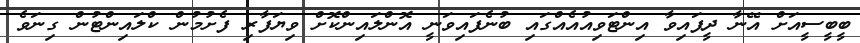
ބީބީސީއަށް އޭނާ ދީފައިވާ އިންޓަވިއުއެއްގައި ބުނެފައިވަނީ އޮންލައިންކޮށް ވިޔަފާރި ފެށުމުން ކްލައިންޓުން ގިނަވެ